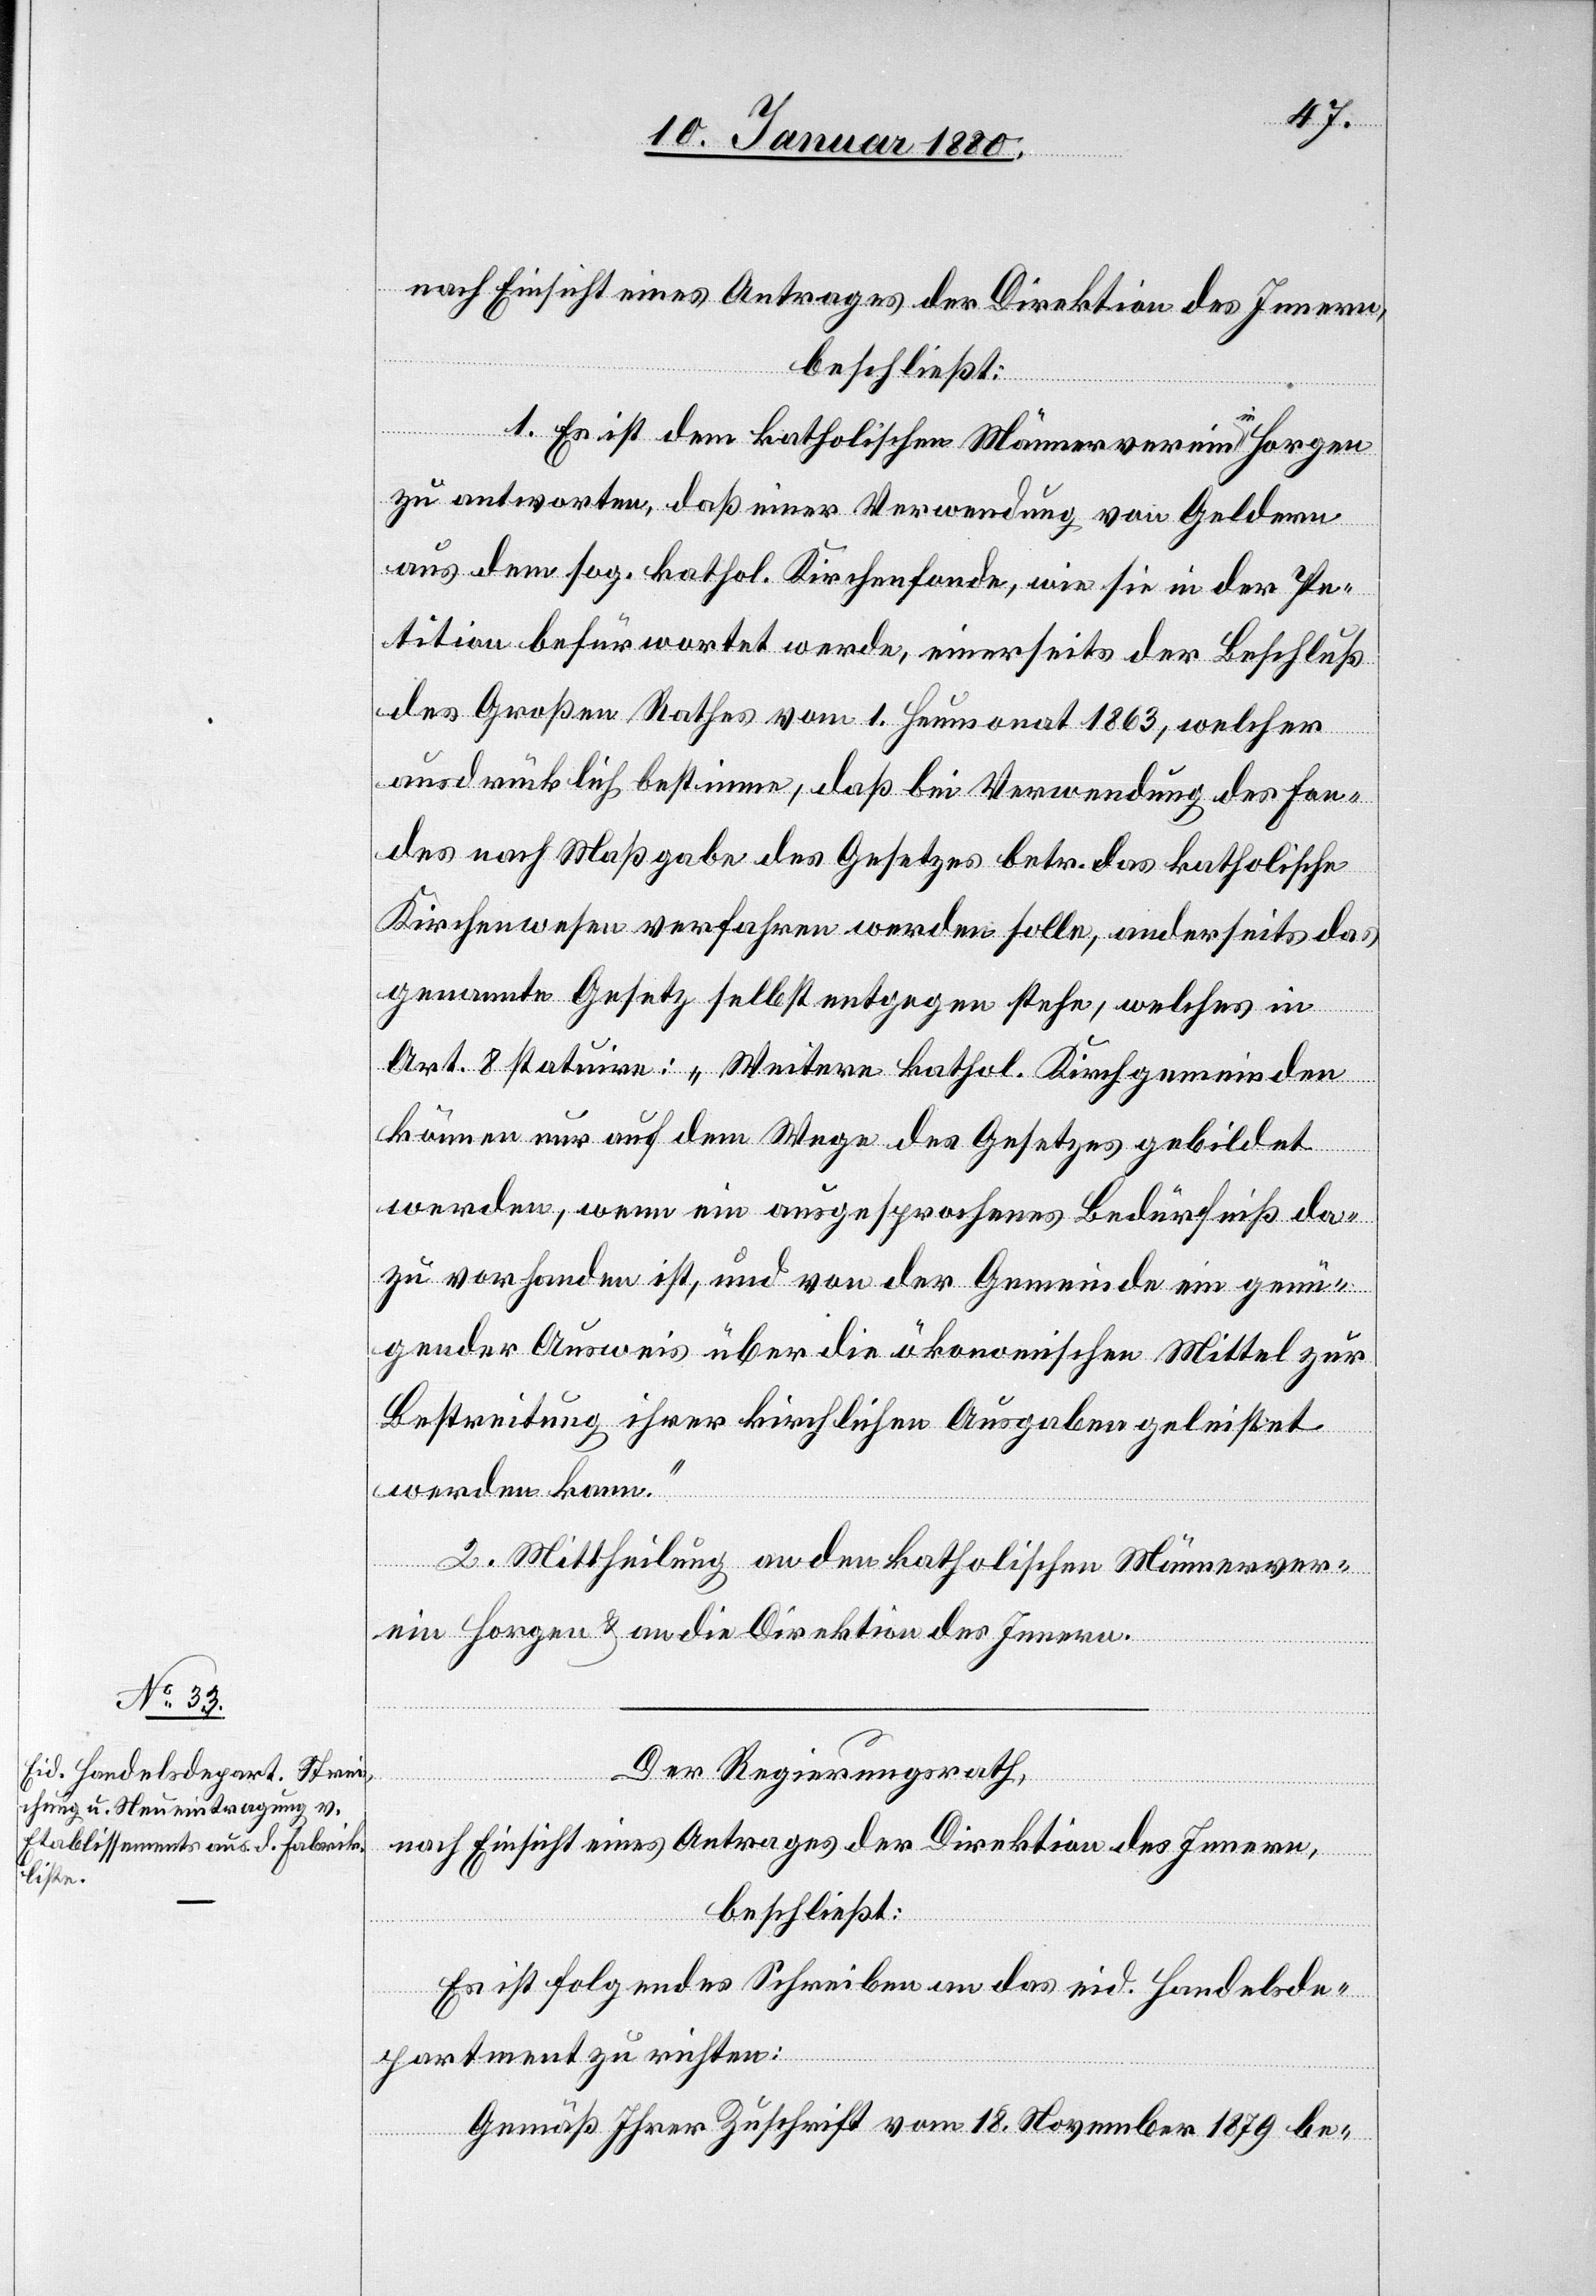
1. Es ist dem katholischen Männerverein a-in-a Horgen
zu antworten, daß einer Verwendung von Geldern
aus dem sog. kathol. Kirchenfonde, wie sie in der Pe¬
tition befürwortet werde, einerseits der Beschluß
des Großen Rathes vom 1. Heumonat 1863, welcher
ausdrücklich bestimme, daß die Verwendung des Fon¬
des nach Maßgabe des Gesetzes betr. das katholische
Kirchenwesen verfahren werden solle, anderseits das
genannte Gesetz selbst entgegen stehe, welches in
Art. 8 statuire: „Weitere kathol. Kirchgemeinden
können nur auf dem Wege des Gesetzes gebildet
werden, wenn ein ausgesprochenes Bedürfniß da¬
zu vorhanden ist, und von der Gemeinde ein genü¬
gender Ausweis über die ökonomischen Mittel zur
Bestreitung ihrer kirchlichen Ausgaben geleistet
werden kann.“
2. Mittheilung an den katholischen Männerver¬
ein Horgen & an die Direktion des Innern.
Der Regierungsrath,
nach Einsicht eines Antrages der Direktion des Innern,
beschließt:
Es ist folgendes Schreiben an das eid. Handelsde¬
partement zu richten:
Gemäß Ihrer Zuschrift vom 18. November 1879 be-